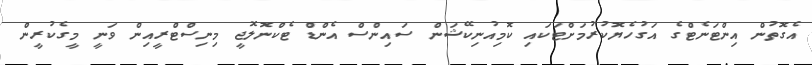
އެގޮތުން އިންޓަނެޓްގެ އަގުހެޔޮކުރުމަށްޓަކައި ކޮމިއުނިކޭޝަން ސައިންސް އެންޑް ޓެކްނޮލޮޖީ މިނިސްޓްރީއިން ވަނީ މީގެކުރީން